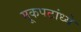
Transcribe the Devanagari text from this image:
मूकपटांध्ये